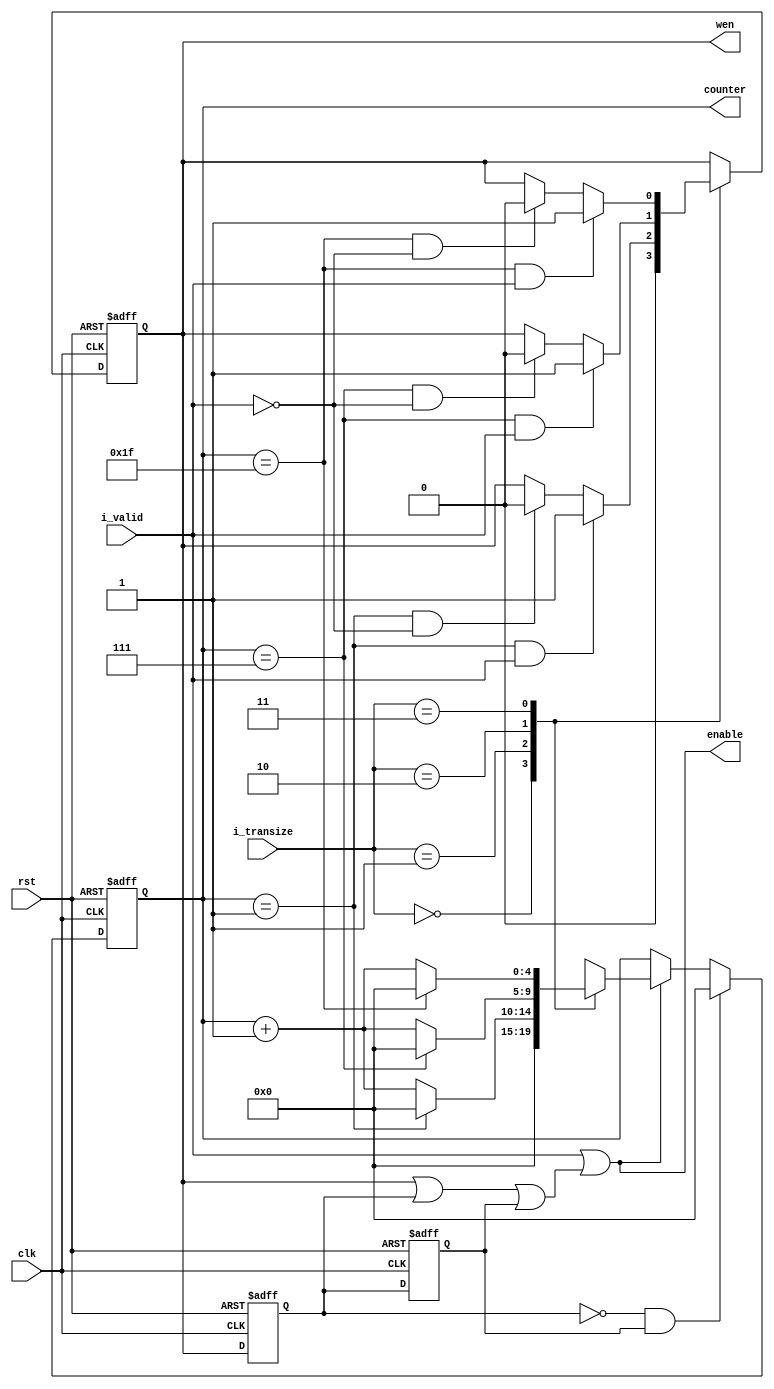
module ctrl_transmemory(
                    clk,
                    rst,
                i_valid,
             i_transize,
             
                    wen,
                 enable,
                counter
);

// ********************************************
//                                             
//    INPUT / OUTPUT DECLARATION                                               
//                                                                             
// ********************************************  

input                   clk;
input                   rst;
input               i_valid;
input  [1:0]     i_transize;
                 
output   reg            wen;
output               enable;
output   reg  [4:0] counter;          

// ********************************************
//                                             
//    Reg DECLARATION                         
//                                             
// ********************************************     

wire                      enable_0;
wire                      enable_1;


// ********************************************
//                                             
//    Reg DECLARATION                         
//                                             
// ********************************************

reg                          wen_0;
reg                          wen_1;
reg                      i_valid_0;          
     
// ********************************************
//                                             
//    Combinational Logic                      
//                                             
// ********************************************

assign  enable_0=i_valid;                //ctrl signal 
assign  enable_1=wen||wen_0||wen_1;
assign  enable= enable_0||enable_1;

// ********************************************
//                                             
//    Sequential  Logic                        
//                                             
// ********************************************

always@(posedge clk or negedge rst)
if(!rst)
  wen_0<=1'b0;
else
  wen_0<=wen;
  
always@(posedge clk or negedge rst)
if(!rst)
  wen_1<=1'b0;
else
  wen_1<=wen_0;
  
always@(posedge clk or negedge rst)
if(!rst)
  i_valid_0<=1'b0;
else
  i_valid_0<=i_valid;
  
always@(posedge clk or negedge rst)
if(!rst)
  counter<=0;
else if((!wen_0)&&wen_1)
     counter<=5'd0;
else if(enable)
    case(i_transize)
      2'b00:
          counter<=5'd0;
      2'b01:
        if(counter==5'd1)
          counter<=5'd0;
        else
          counter<=counter+1;
      2'b10:
        if(counter==5'd7)
          counter<=5'd0;
        else
          counter<=counter+1;
      2'b11:
        if(counter==5'd31)
          counter<=5'd0;
        else
          counter<=counter+1;
   endcase

//always@(posedge clk or negedge rst)
//if(!rst)
//  counter<=5'd0;
//else
//  if((!wen_0)&&wen_1)
//     counter<=5'd0;
  
always@(posedge clk or negedge rst)
if(!rst)
    wen<=0;
  else
    case(i_transize)
    2'b00:
      wen<=1'b0;
    2'b01:
    if((counter==5'd1)&&i_valid)
      wen<=1;
    else
      if((counter==5'd1)&&(!i_valid))
        wen<=1'b0;
    2'b10:
    if((counter==5'd7)&&i_valid)
      wen<=1; 
    else
      if((counter==5'd7)&&(!i_valid))
        wen<=1'b0;  
    2'b11:
    if((counter==5'd31)&&i_valid)
      wen<=1;
    else
      if((counter==5'd31)&&(!i_valid))
        wen<=1'b0;
      endcase
      
    endmodule